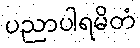
ပညာပါရမိတံ